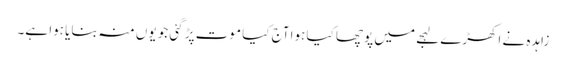
زاہدہ نے اکھڑے لہجے میں پوچھا کیا ہوا آج کیا موت پڑ گئی جو یوں منہ بنایا ہوا ہے۔